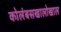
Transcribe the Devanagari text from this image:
कोलंबसखालोखाल